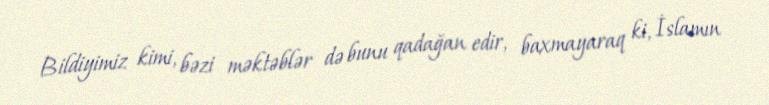
Bildiyimiz kimi, bəzi məktəblər də bunu qadağan edir, baxmayaraq ki, İslamın